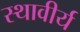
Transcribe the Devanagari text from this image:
स्थावीर्य